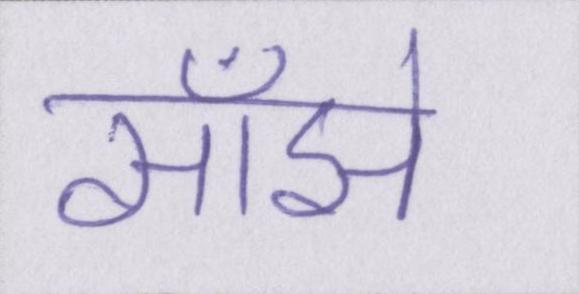
साँझे